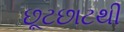
છૂટછાટથી